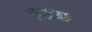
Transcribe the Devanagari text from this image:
९३११